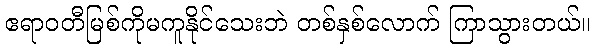
ဧရာဝတီမြစ်ကိုမကူနိုင်သေးဘဲ တစ်နှစ်လောက် ကြာသွားတယ်။